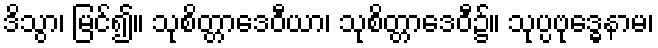
ဒိသွာ၊ မြင်၍။ သုစိတ္တာဒေဝီယာ၊ သုစိတ္တာဒေဝီ၌။ သုပ္ပဗုဒ္ဓေနာမ၊